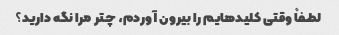
لطفاً وقتی کلیدهایم را بیرون آوردم، چتر مرا نگه دارید؟